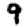
Digit: 9